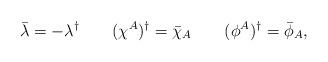
LaTeX: \begin{align*}\bar \lambda = -\lambda^{\dagger} \qquad (\chi^A)^{\dagger} = \bar\chi_A \qquad (\phi^A)^{\dagger} = \bar\phi_A,\end{align*}